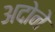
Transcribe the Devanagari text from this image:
अदोने